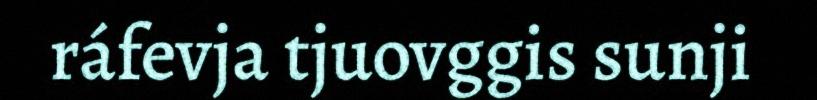
ráfevja tjuovggis sunji